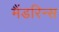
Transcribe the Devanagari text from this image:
मैंडरिन्स